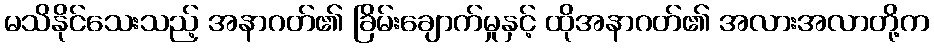
မသိနိုင်သေးသည့် အနာဂတ်၏ ခြိမ်းချောက်မှုနှင့် ထိုအနာဂတ်၏ အလားအလာတို့က